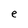
Character: e